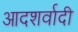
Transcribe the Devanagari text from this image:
आदशर्वादी